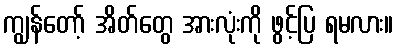
ကျွန်တော့် အိတ်တွေ အားလုံးကို ဖွင့်ပြ ရမလား။